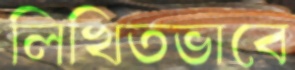
লিখিতভাবে